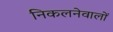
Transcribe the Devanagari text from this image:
निकलनेवालों